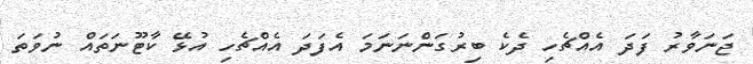
ޖަނަވާރު ފަދަ އެއްޗެހި ދެކެ ބިރުގަންނަނަމަ އެފަދަ އެއްޗެހި އުޅޭ ކާޓޫނަތައް ނުވަތަ